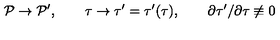
{ \cal P } \rightarrow { \cal P } ^ { \prime } , \qquad \tau \rightarrow \tau ^ { \prime } = \tau ^ { \prime } ( \tau ) , \qquad \partial \tau ^ { \prime } / \partial \tau \not \equiv 0